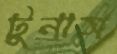
টুনাস